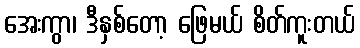
အေးကွာ၊ ဒီနှစ်တော့ ဖြေမယ် စိတ်ကူးတယ်